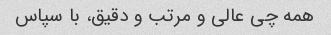
همه چی عالی و مرتب و دقیق، با سپاس